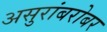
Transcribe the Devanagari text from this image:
असुरांबरोबर